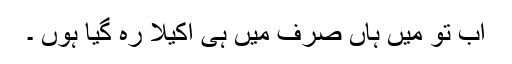
اب تو مَیں ہاں صرف مَیں ہی اکیلا رہ گیا ہوں ۔